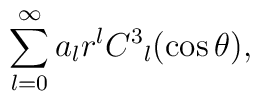
\sum_{l=0}^{\infty}a_{l}r^{l}C^{3}{}_l(\cos\theta),